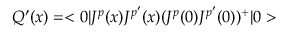
Q ^ { \prime } ( x ) = < 0 | J ^ { p } ( x ) J ^ { p ^ { \prime } } ( x ) ( J ^ { p } ( 0 ) J ^ { p ^ { \prime } } ( 0 ) ) ^ { + } | 0 >